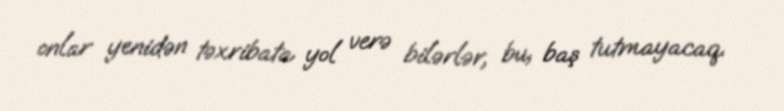
onlar yenidən təxribata yol verə bilərlər, bu, baş tutmayacaq.